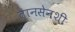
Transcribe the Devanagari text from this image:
तानसेनशी